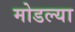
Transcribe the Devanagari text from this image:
मोडल्या